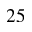
2 5